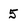
Character: 5